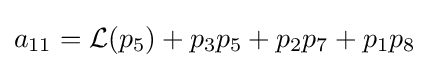
a_{11}={\mathcal {L}}(p_{5})+p_{3}p_{5}+p_{2}p_{7}+p_{1}p_{8}